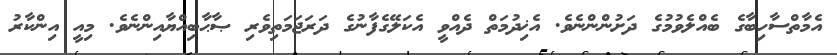
އެމާތްސާހިބާގެ ބެއްލެވުމުގެ ދަށުންންނެވެ. އެޚިދުމަތް ދެއްވީ އެކަލޭގެފާނުގެ ދަރަޖަމަތިވެރި ޞާޙާބިއްޔާއިންނެވެ. މިއީ އިންކާރު